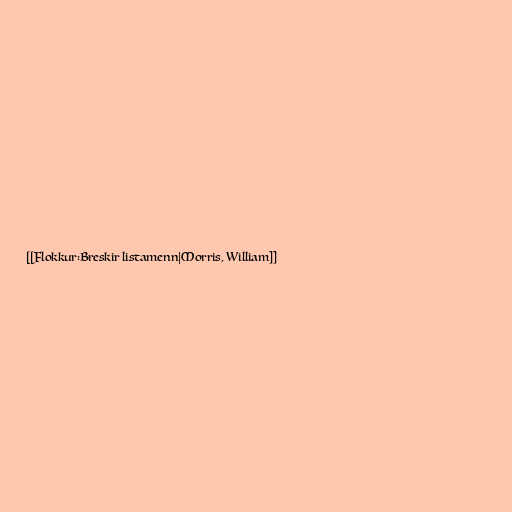
[[Flokkur:Breskir listamenn|Morris, William]]